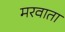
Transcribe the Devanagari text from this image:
मरवाता